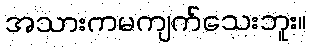
အသားကမကျက်သေးဘူး။